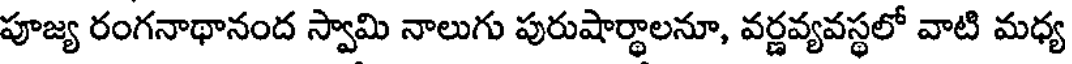
పూజ్య రంగనాథానంద స్వామి నాలుగు పురుషార్థాలనూ, వర్ణవ్యవస్థలో వాటి మధ్య